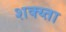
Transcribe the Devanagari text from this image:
शक्य्ता